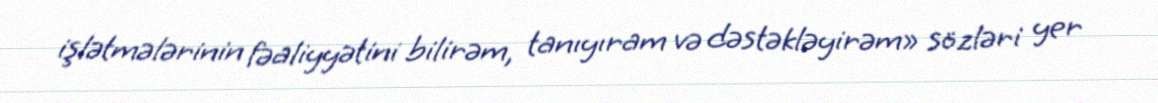
işlətmələrinin fəaliyyətini bilirəm, tanıyıram və dəstəkləyirəm» sözləri yer